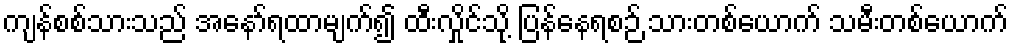
ကျန်စစ်သားသည် အနော်ရထာမျက်၍ ထီးလှိုင်သို့ ပြန်နေရစဉ် သားတစ်ယောက် သမီးတစ်ယောက်